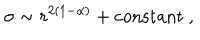
\sigma \sim r ^ { 2 ( 1 - \alpha ) } + \mathrm { c o n s t a n t } ~ ,